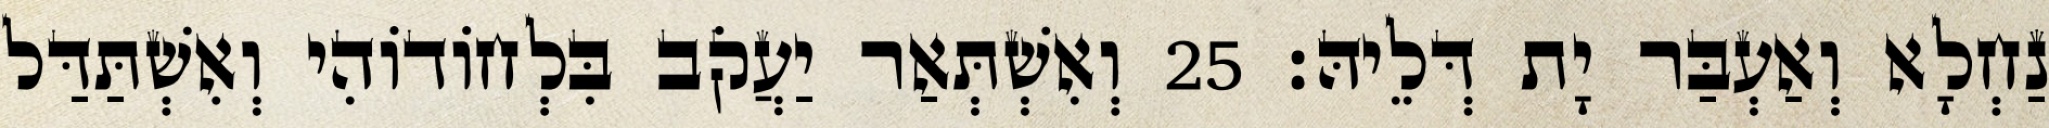
נַחְלָא וְאַעְבַּר יָת דְּלֵיהּ׃ 25 וְאִשְׁתְּאַר יַעֲקֹב בִּלְחוֹדוֹהִי וְאִשְׁתַּדַּל